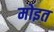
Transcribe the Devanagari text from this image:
मोइत